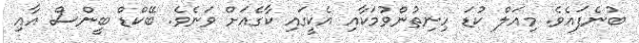
ބުނެފައެވެ. މިއަލް ކުޑަ ހިނިތުންވުމަކާއި އެކީގައި ކާގެއަށް ވަނެވެ. ބޭކްޑް ބީންސް އާއި